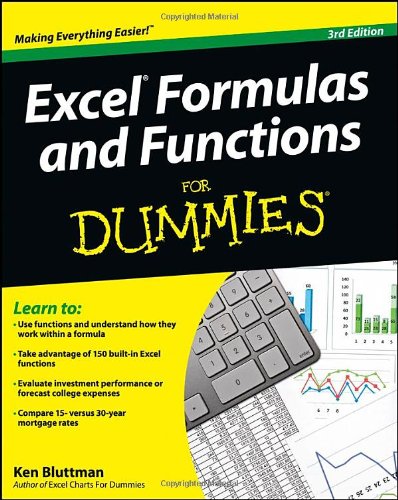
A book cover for Excel Formulas and Functions For Dummies; Ken Bluttman; Computers & Technology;